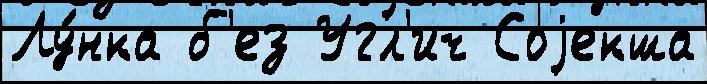
Лу́нка б'ез Угл'ич Соjекша